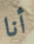
أنا